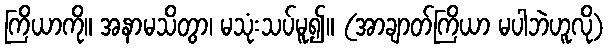
ကြိယာကို။ အနာမသိတွာ၊ မသုံးသပ်မူ၍။ (အာချာတ်ကြိယာ မပါဘဲဟူလို)